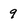
Character: 9